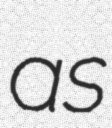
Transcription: as